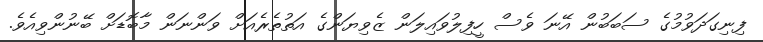
ފިނިގަދަވުމުގެ ސަބަބުން އޭނަ ވެސް ހީފިލުވައިލަން ޒެވިޔަންގެ އަތުތެރެއަށް ވަންނަން މާބޮޑަށް ބޭނުންވިއެވެ.